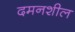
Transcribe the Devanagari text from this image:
दमनशील